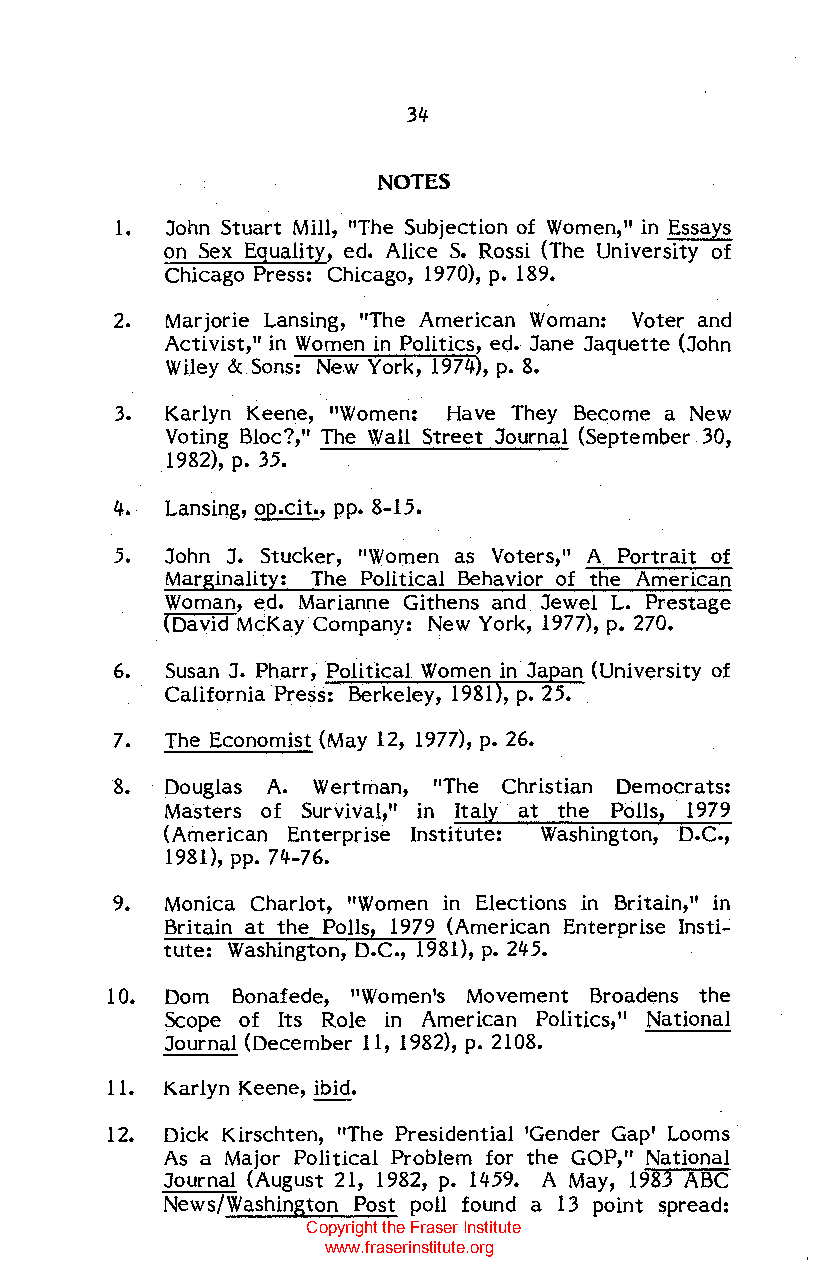
34
 NOTES
 1. John Stuart Mill, "The Subjection of Women," in Essays
 on Sex Equality, ed. Alice S. Rossi (The University of
 Chicago Press: Chicago, 1970), p. 189.
 2. Marjorie Lansing, "The American Woman: Voter and
 Activist," in Women in Politics, ed. Jane Jaquette (John
 Wiley & Sons: New York, 1974), p. 8.
 3. Karlyn Keene, "Women: Have They Become a New
 Voting Bloc?," The Wall Street Journal (September 30,
 1982), p. 35.
 4. Lansing, op.cit., pp. 8-15.
 5. John J. Stucker, "Women as Voters," A Portrait of
 Marginality: The Political Behavior of the American
 Woman, ed. Marianne Githens and Jewel L. Prestage
 (David McKay Company: New York, 1977), p. 270.
 6. Susan J. Pharr, Political Women in Ja an {University of
 California Press: Berkeley, 1981 , p. 25.
 7. The Economist (May 12, 1977), p. 26.
 8. Douglas A. Wertman, "The Christian Democrats:
 Masters of Survival," in Italy at the Polls, 1979
 (American Enterprise Institute: Washington, D.C.,
 1981), pp. 74-76.
 9. Monica Charlot, "Women in Elections in Britain," in
 Britain at the Polls, 1979 (American Enterprise Insti
 tute: Washington, D.C., 1981), p. 245.
 10. Dom Bonafede, "Women's Movement Broadens the
 Scope of Its Role in American Politics," National
 Journal (December 11, 1982), p. 2108.
 11. Karlyn Keene, ibid.
 12. Dick Kirschten, "The Presidential 'Gender Gap' Looms
 As a Major Political Problem for the GOP," National
 Journal (August 21, 1982, p. 1459. A May, 1983 ABC
 News/Washington Post poll found a 13 point spread:
 Copyright the Fraser Institute
 www.fraserinstitute.org